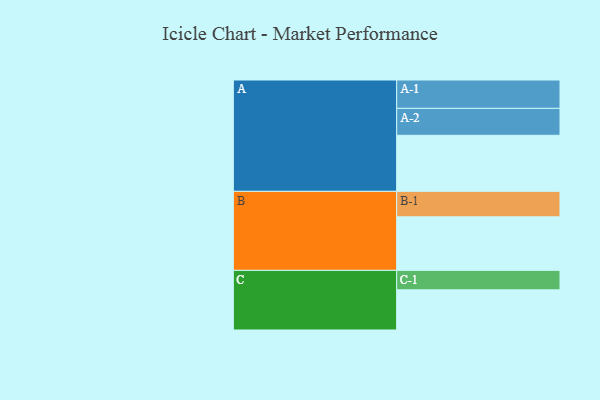
{"axis": {"x": "Segment", "y": "Value"}, "legend": ["", "A", "B", "C"], "data": [{"x": "A", "y": 581, "type": ""}, {"x": "B", "y": 555, "type": ""}, {"x": "C", "y": 416, "type": ""}, {"x": "A-1", "y": 294, "type": "A"}, {"x": "A-2", "y": 279, "type": "A"}, {"x": "B-1", "y": 264, "type": "B"}, {"x": "C-1", "y": 202, "type": "C"}]}